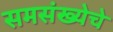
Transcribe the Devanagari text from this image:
समसंख्येचे